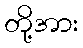
တို့အား